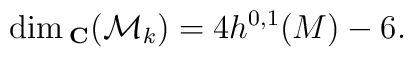
\dim {}_{{\bf C}}({\cal M}_k)=4h^{0,1}(M)-6.